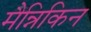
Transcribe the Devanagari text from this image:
मैन्निकिन